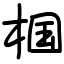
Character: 椢